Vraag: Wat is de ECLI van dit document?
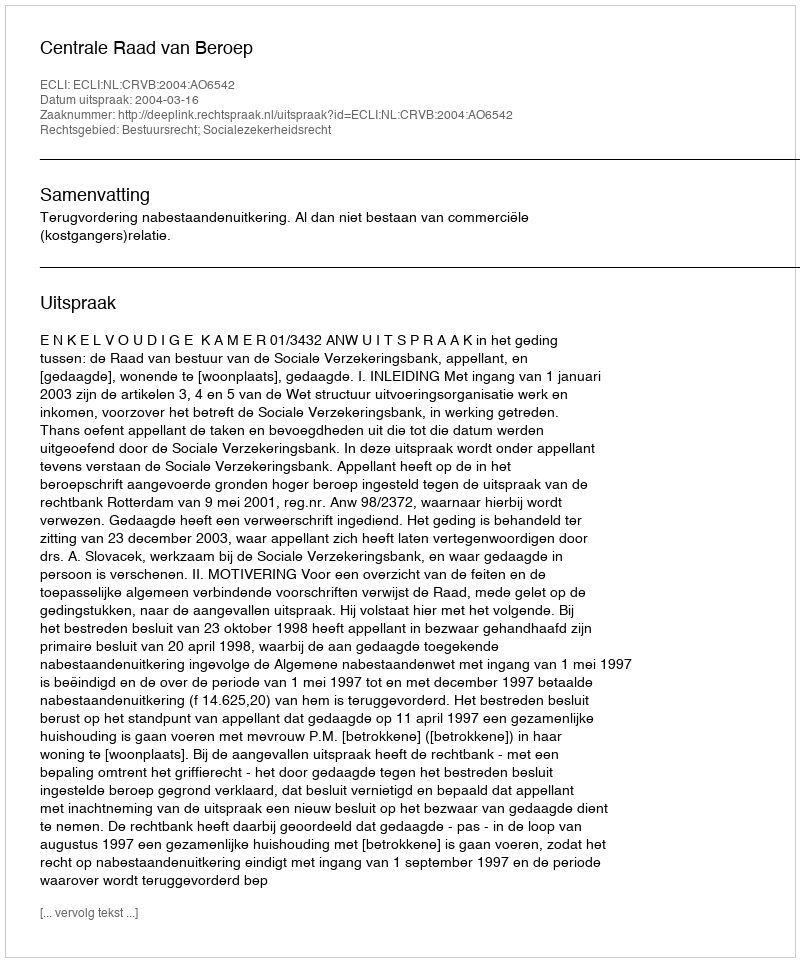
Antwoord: ECLI:NL:CRVB:2004:AO6542